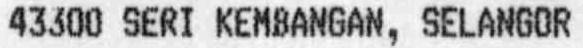
43300 SERI KEMBANGAN, SELANGOR